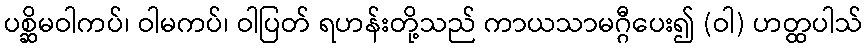
ပစ္ဆိမဝါကပ်၊ ဝါမကပ်၊ ဝါပြတ် ရဟန်းတို့သည် ကာယသာမဂ္ဂီပေး၍ (ဝါ) ဟတ္ထပါသ်